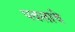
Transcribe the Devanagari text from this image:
पवलाचे